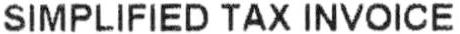
SIMPLIFIED TAX INVOICE